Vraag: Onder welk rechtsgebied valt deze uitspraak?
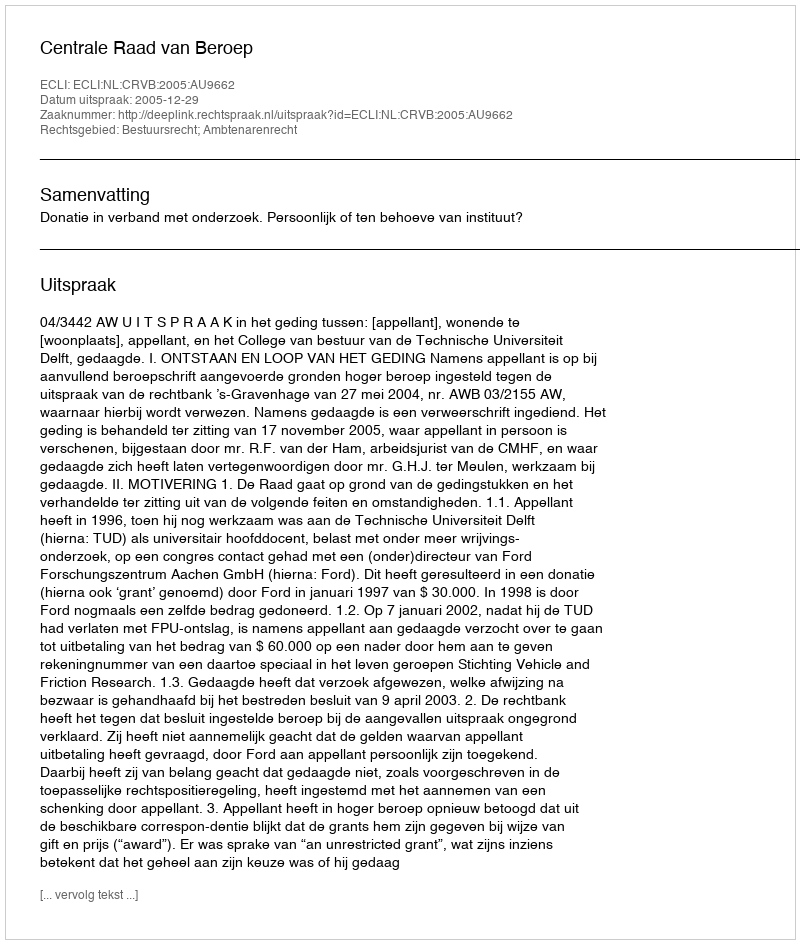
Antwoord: Bestuursrecht; Ambtenarenrecht